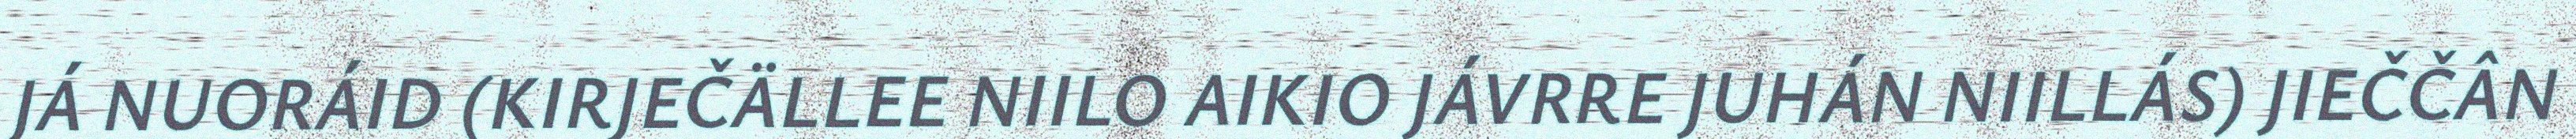
JÁ NUORÁID (KIRJEČÄLLEE NIILO AIKIO JÁVRRE JUHÁN NIILLÁS) JIEČČÂN